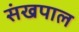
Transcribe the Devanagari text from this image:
संखपाल